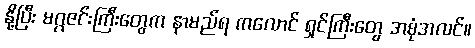
နို့ပြီး မဂ္ဂဇင်းကြီးတွေက နာမည်ရ ကလောင် ရှင်ကြီးတွေ အစုံအလင်။